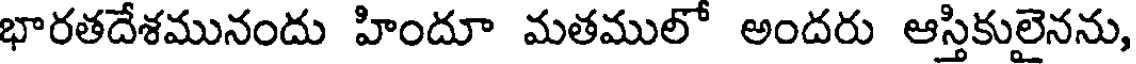
భారతదేశమునందు హిందూ మతములో అందరు ఆస్తికులైనను,